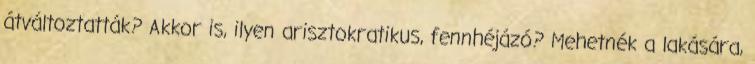
átváltoztatták? Akkor is, ilyen arisztokratikus, fennhéjázó? Mehetnék a lakására,